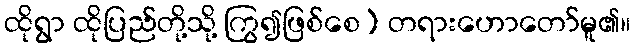
ထိုရွာ ထိုပြည်တို့သို့ ကြွ၍ဖြစ်စေ) တရားဟောတော်မူ၏။